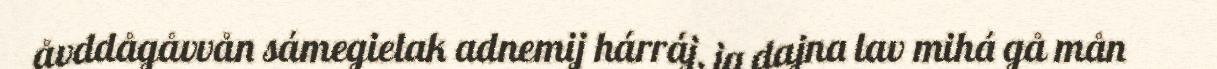
åvddågåvvån sámegielak adnemij hárráj, ja dajna lav mihá gå mån